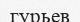
гурьев